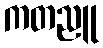
ကတညူ